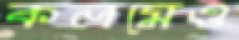
কলমেও